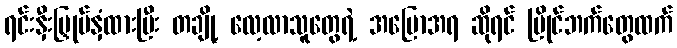
ရင်းနှီးမြှုပ်နှံထားပြီး တချို့ လေ့လာသူတွေရဲ့ အပြောအရ ဆိုရင် ပြိုင်ဘက်တွေထက်